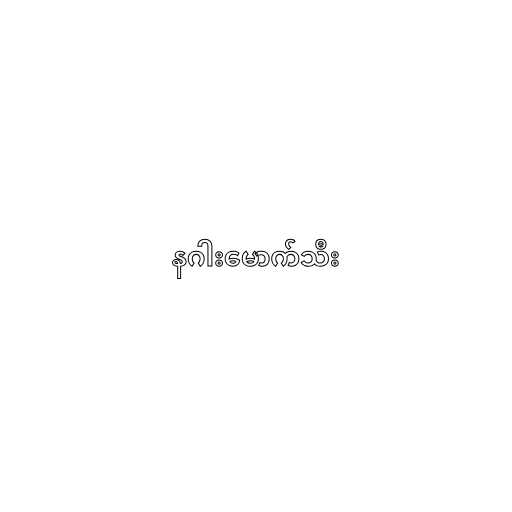
နဂါးမောက်သီး